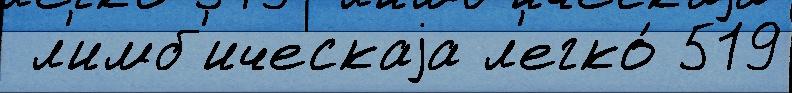
 л'имб'ическаjа л'егко́ 519